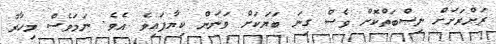
ރަށްރަށަށް ނިސްބަތްކޮށް ވެސް ގިނަ ބަޔަކަށް ވަނަން ކިޔާފައިވެ އެވެ. ނަމަވެސް މިހާރު